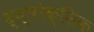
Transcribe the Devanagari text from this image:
ह्य्पोक्सिक